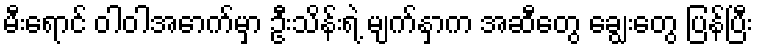
မီးရောင် ဝါဝါအောက်မှာ ဦးသိန်းရဲ့ မျက်နှာက အဆီတွေ ချွေးတွေ ပြန်ပြီး